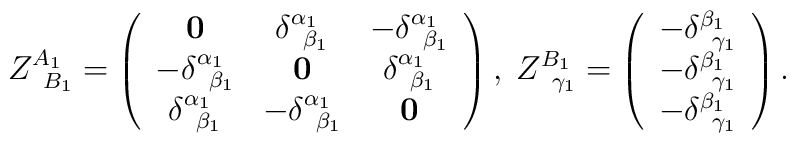
Z_{\;\;B_{1}}^{A_{1}}=\left( \begin{array}{ccc}\mathbf{0} & \delta _{\;\;\beta _{1}}^{\alpha _{1}} & -\delta _{\;\;\beta_{1}}^{\alpha _{1}} \\ -\delta _{\;\;\beta _{1}}^{\alpha _{1}} & \mathbf{0} & \delta _{\;\;\beta_{1}}^{\alpha _{1}} \\ \delta _{\;\;\beta _{1}}^{\alpha _{1}} & -\delta _{\;\;\beta _{1}}^{\alpha_{1}} & \mathbf{0}\end{array}\right) ,\;Z_{\;\;\gamma _{1}}^{B_{1}}=\left( \begin{array}{c}-\delta _{\;\;\gamma _{1}}^{\beta _{1}} \\ -\delta _{\;\;\gamma _{1}}^{\beta _{1}} \\ -\delta _{\;\;\gamma _{1}}^{\beta _{1}}\end{array}\right) .